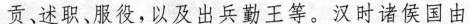
贡，述职、服役，以及出兵勤王等。汉时诸侯国由